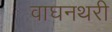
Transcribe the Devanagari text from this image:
वाघनथरी